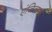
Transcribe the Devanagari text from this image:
एंजिलस